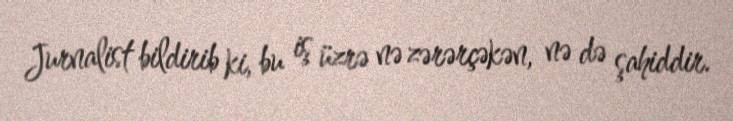
Jurnalist bildirib ki, bu iş üzrə nə zərərçəkən, nə də şahiddir.